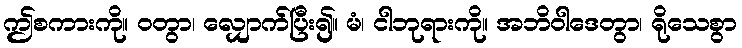
ဤစကားကို။ ဝတွာ၊ လျှောက်ပြီး၍။ မံ၊ ငါဘုရားကို။ အဘိဝါဒေတွာ၊ ရိုသေစွာ